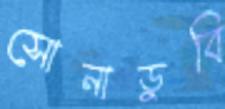
সোনাডুবি